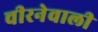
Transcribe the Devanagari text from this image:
चीरनेवाली